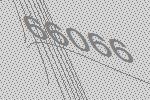
66066